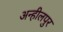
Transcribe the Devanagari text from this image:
अन्हीलपुर